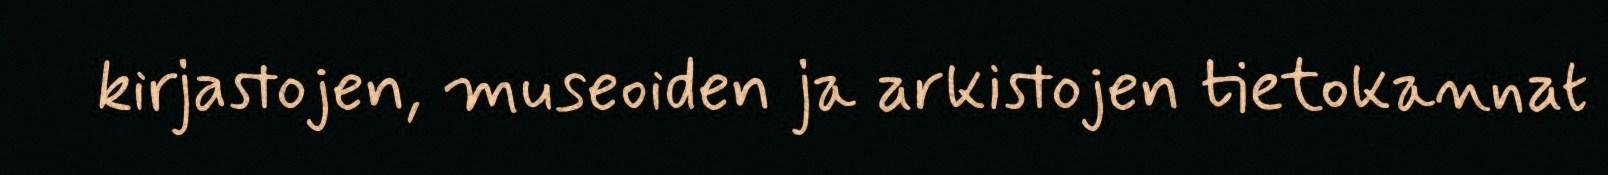
kirjastojen, museoiden ja arkistojen tietokannat